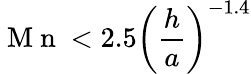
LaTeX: \mathrm{~M~n~}<2.5\left(\frac{h}{a}\right)^{-1.4}